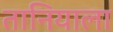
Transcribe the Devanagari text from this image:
तानियाला